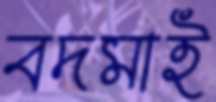
বদমাই